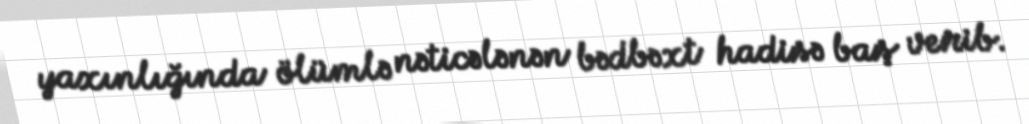
yaxınlığında ölümlə nəticələnən bədbəxt hadisə baş verib.